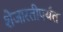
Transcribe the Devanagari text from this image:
शेजारतीपर्यंत